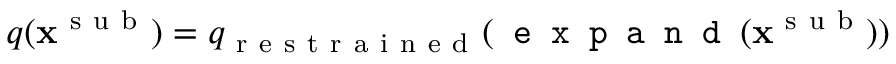
q ( \mathbf { x } ^ { \mathrm { ~ s ~ u ~ b ~ } } ) = q _ { \mathrm { ~ r ~ e ~ s ~ t ~ r ~ a ~ i ~ n ~ e ~ d ~ } } ( \texttt { e x p a n d } ( \mathbf { x } ^ { \mathrm { ~ s ~ u ~ b ~ } } ) )